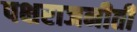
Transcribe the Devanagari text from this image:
पक्षराजनीती